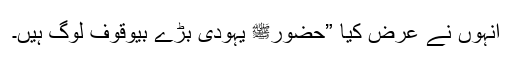
انہوں نے عرض کیا ”حضورﷺ یہودی بڑے بیوقوف لوگ ہیں۔